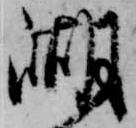
湖